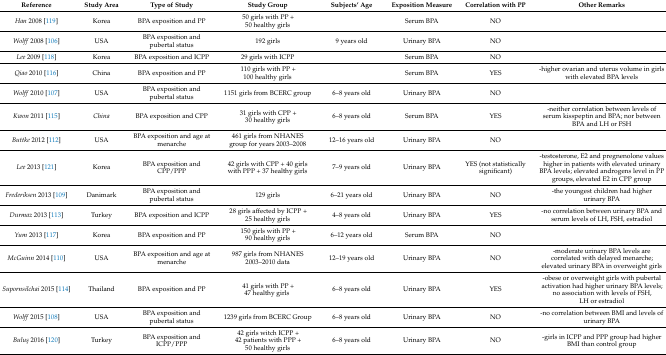
<table><thead><tr><td><b>Reference</b></td><td><b>Study Area</b></td><td><b>Type of Study</b></td><td><b>Study Group</b></td><td><b>Subjects’ Age</b></td><td><b>Exposition Measure</b></td><td><b>Correlation with PP</b></td><td><b>Other Remarks</b></td></tr></thead><tbody><tr><td><i>Han</i> 2008 [119]</td><td>Korea</td><td>BPA exposition and PP</td><td>50 girls with PP + 50 healthy girls</td><td></td><td>Serum BPA</td><td>NO</td><td></td></tr><tr><td><i>Wolff</i> 2008 [106]</td><td>USA</td><td>BPA exposition and pubertal status</td><td>192 girls</td><td>9 years old</td><td>Urinary BPA</td><td>NO</td><td></td></tr><tr><td><i>Lee</i> 2009 [118]</td><td>Korea</td><td>BPA exposition and ICPP</td><td>29 girls with ICPP</td><td></td><td>Serum BPA</td><td>NO</td><td></td></tr><tr><td><i>Qiao</i> 2010 [116]</td><td>China</td><td>BPA exposition and PP</td><td>110 girls with PP + 100 healthy girls</td><td></td><td>Serum BPA</td><td>YES</td><td>-higher ovarian and uterus volume in girls with elevated BPA levels</td></tr><tr><td><i>Wolff</i> 2010 [107]</td><td>USA</td><td>BPA exposition and pubertal status</td><td>1151 girls from BCERC group</td><td>6–8 years old</td><td>Urinary BPA</td><td>NO</td><td></td></tr><tr><td><i>Kwon</i> 2011 [115]</td><td><i>China</i></td><td>BPA exposition and CPP</td><td>31 girls with CPP + 30 healthy girls</td><td>6–8 years old</td><td>Serum BPA</td><td>YES</td><td>-neither correlation between levels of serum kisspeptin and BPA; nor between BPA and LH or FSH</td></tr><tr><td><i>Buttke</i> 2012 [112]</td><td>USA</td><td>BPA exposition and age at menarche</td><td>461 girls from NHANES group for years 2003–2008</td><td>12–16 years old</td><td>Urinary BPA</td><td>NO</td><td></td></tr><tr><td><i>Lee</i> 2013 [121]</td><td>Korea</td><td>BPA exposition and CPP/PPP</td><td>42 girls with CPP + 40 girls with PPP + 37 healthy girls</td><td>7–9 years old</td><td>Urinary BPA</td><td>YES (not statistically significant)</td><td>-testosterone, E2 and pregnenolone values higher in patients with elevated urinary BPA levels; elevated androgens level in PP groups, elevated E2 in CPP group</td></tr><tr><td><i>Frederiksen</i> 2013 [109]</td><td>Danimark</td><td>BPA exposition and pubertal status</td><td>129 girls</td><td>6–21 years old</td><td>Urinary BPA</td><td>NO</td><td>-the youngest children had higher urinary BPA</td></tr><tr><td><i>Durmaz</i> 2013 [113]</td><td>Turkey</td><td>BPA exposition and ICPP</td><td>28 girls affected by ICPP + 25 healthy girls</td><td>4–8 years old</td><td>Urinary BPA</td><td>YES</td><td>-no correlation between urinary BPA and serum levels of LH, FSH, estradiol</td></tr><tr><td><i>Yum</i> 2013 [117]</td><td>Korea</td><td>BPA exposition and PP</td><td>150 girls with PP + 90 healthy girls</td><td>6–12 years old</td><td>Serum BPA</td><td>NO</td><td></td></tr><tr><td><i>McGuinn</i> 2014 [110]</td><td>USA</td><td>BPA exposition and age at menarche</td><td>987 girls from NHANES 2003–2010 data</td><td>12–19 years old</td><td>Urinary BPA</td><td>NO</td><td>-moderate urinary BPA levels are correlated with delayed menarche; elevated urinary BPA in overweight girls</td></tr><tr><td><i>Supornsilchai</i> 2015 [114]</td><td>Thailand</td><td>BPA exposition and PP</td><td>41 girls with PP + 47 healthy girls</td><td>6–8 years old</td><td>Urinary BPA</td><td>YES</td><td>-obese or overweight girls with pubertal activation had higher urinary BPA levels; no association with levels of FSH, LH or estradiol</td></tr><tr><td><i>Wolff</i> 2015 [108]</td><td>USA</td><td>BPA exposition and pubertal status</td><td>1239 girls from BCERC Group</td><td>6–8 years old</td><td>Urinary BPA</td><td>NO</td><td>-no correlation between BMI and levels of urinary BPA</td></tr><tr><td><i>Buluş</i> 2016 [120]</td><td>Turkey</td><td>BPA exposition and ICPP/PPP</td><td>42 girls witch ICPP + 42 patients with PPP + 50 healthy girls</td><td>6–8 years old</td><td>Urinary BPA</td><td>NO</td><td>-girls in ICPP and PPP group had higher BMI than control group</td></tr></tbody></table>